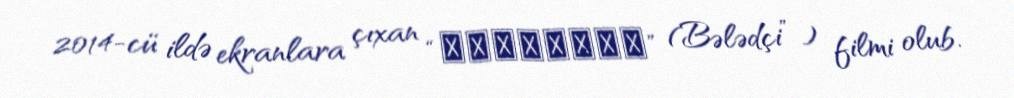
2014-cü ildə ekranlara çıxan “Поводырь” (Bələdçi” ) filmi olub.